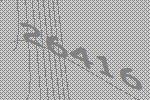
26416